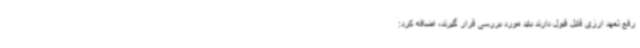
رفع تعهد ارزی قابل قبول دارند باید مورد بررسی قرار گیرند، اضافه کرد: